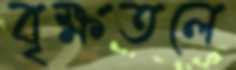
বৃক্ষতলে